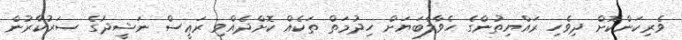
ވެރިކަންކޮށް ދިވެހި ރައްޔިތުންގެ ހެވާލާބަޔަށް ހިދުމަތް ތަކެއް ކޮށްދެއްވި ރަޢީސް ނަޝީދުގެ ސަރުކާރުން